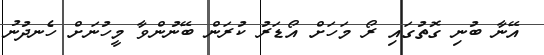
އޭނާ ބުނި ގޮތުގައި ރޯ މަހަށް އޯޑަރު ކުރަން ބޭނުންވާ މީހުނަށް ހެނދުނު